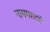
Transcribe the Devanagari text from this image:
नाममात्रमे